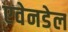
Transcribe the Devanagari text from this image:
एवेनडेल